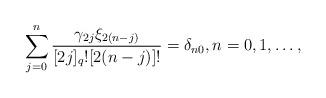
LaTeX: \begin{align*} \sum_{j=0}^n \frac{\gamma_{2j}\xi_{2(n-j)}}{[2j]_q![2(n-j)]!}= \delta_{n0}, n=0,1, \ldots,\end{align*}